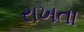
રાખતા